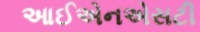
આઈએનએસટી